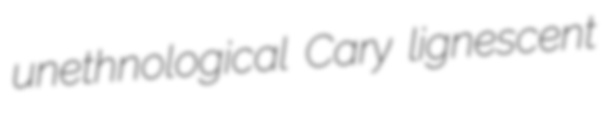
unethnological Cary lignescent